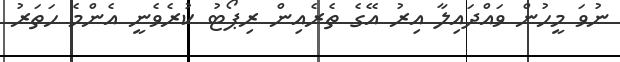
ނުވަ މީހުން ވައްދައިލާ އިރު އޭގެ ތެރެއިން ރިޕޯޓު ކުރެވެނީ އެންމެ ހަތަރު